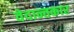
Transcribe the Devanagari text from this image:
वेदान्तकार